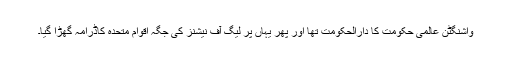
واشنگٹن عالمی حکومت کا دارالحکومت تھا اور پھر یہاں پر لیگ آف نیشنز کی جگہ اقوام متحدہ کاڈرامہ گھڑا گیا۔